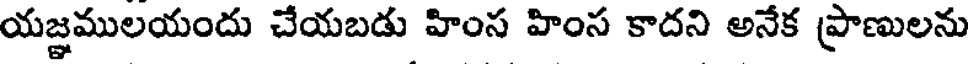
యజ్ఞములయందు చేయబడు హింస హింస కాదని అనేక ప్రాణులను